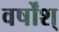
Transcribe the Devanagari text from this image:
वर्षोंश्